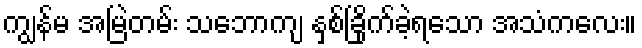
ကျွန်မ အမြဲတမ်း သဘောကျ နှစ်ခြိုက်ခဲ့ရသော အသံကလေး။